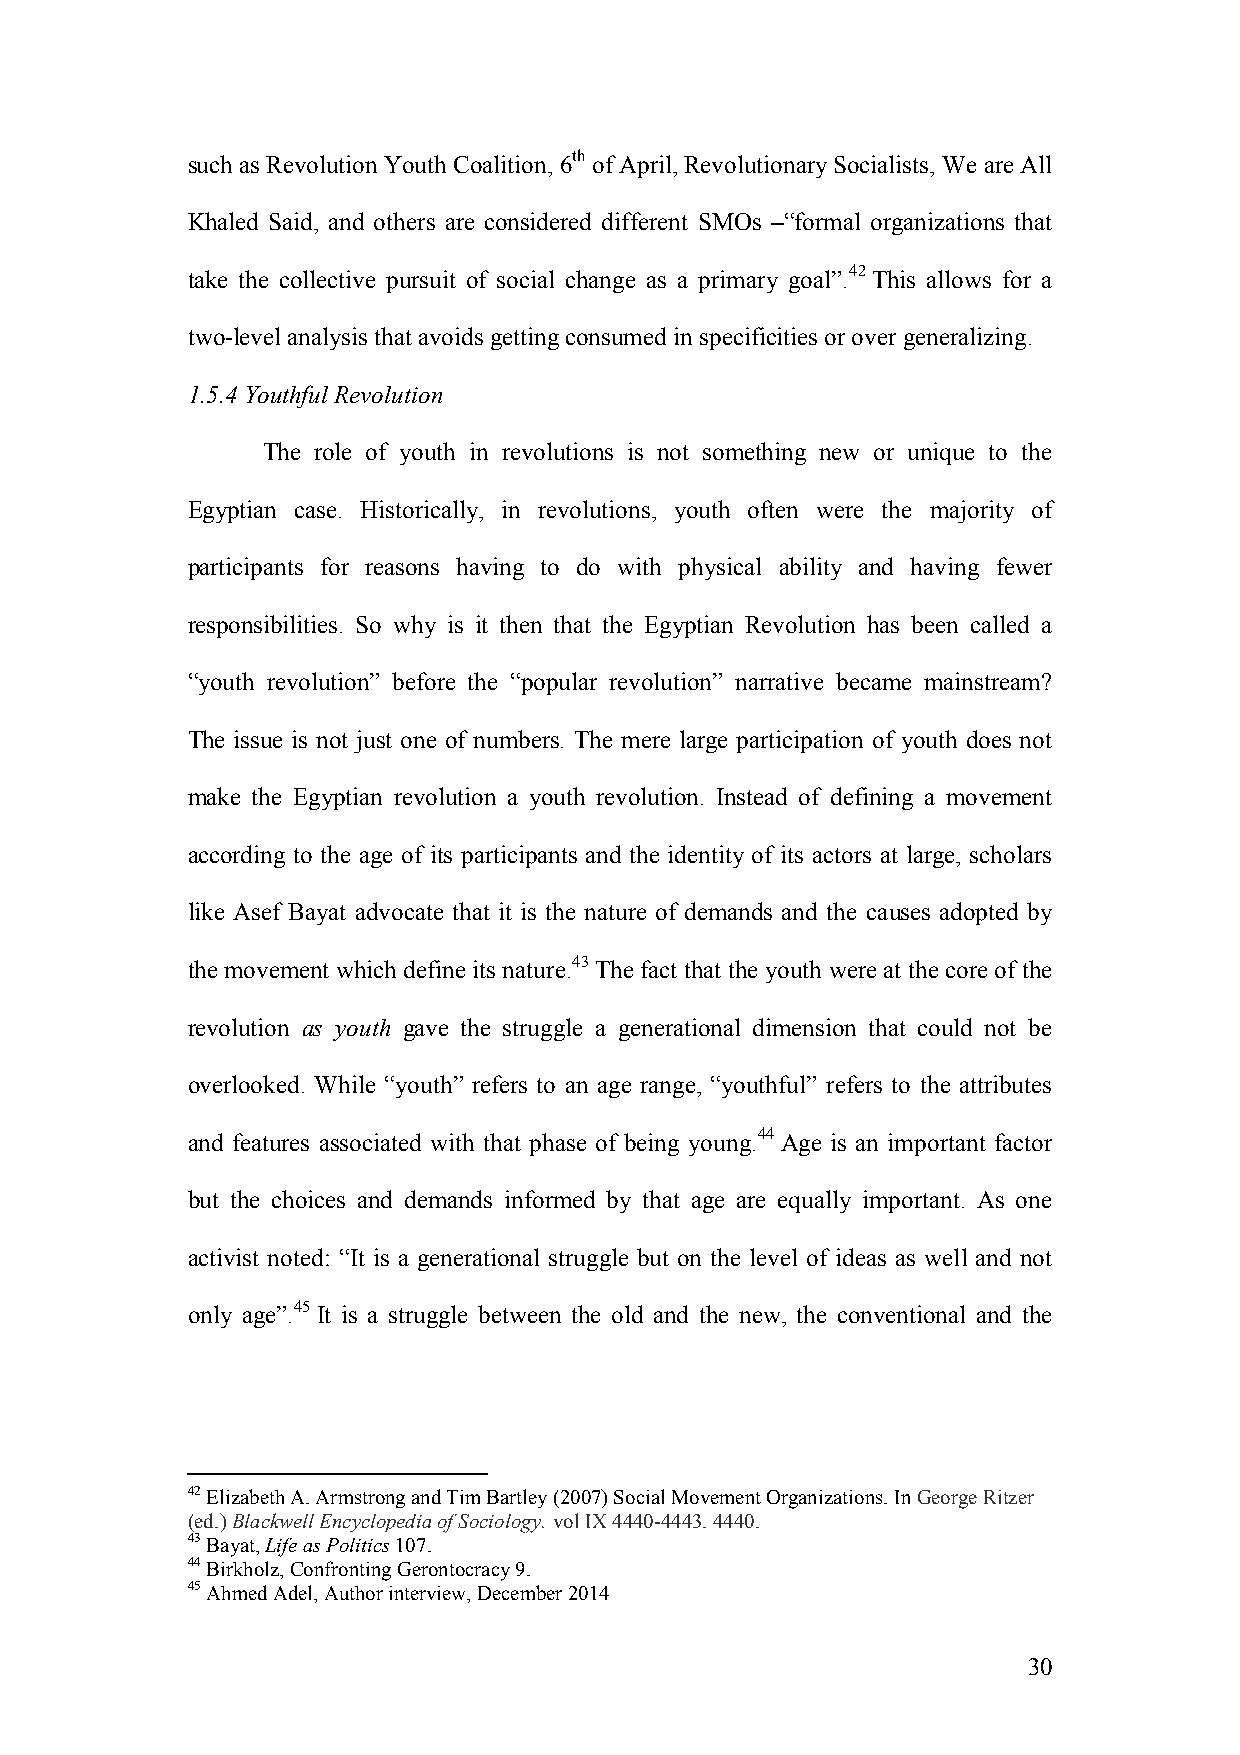
such as Revolution Youth Coalition, 6th of April, Revolutionary Socialists, We are All
 Khaled Said, and others are considered different SMOs –“formal organizations that
 take the collective pursuit of social change as a primary goal”.42 This allows for a
 two-level analysis that avoids getting consumed in specificities or over generalizing.
 1.5.4 Youthful Revolution
 The role of youth in revolutions is not something new or unique to the
 Egyptian case. Historically, in revolutions, youth often were the majority of
 participants for reasons having to do with physical ability and having fewer
 responsibilities. So why is it then that the Egyptian Revolution has been called a
 “youth revolution” before the “popular revolution” narrative became mainstream?
 The issue is not just one of numbers. The mere large participation of youth does not
 make the Egyptian revolution a youth revolution. Instead of defining a movement
 according to the age of its participants and the identity of its actors at large, scholars
 like Asef Bayat advocate that it is the nature of demands and the causes adopted by
 the movement which define its nature.43 The fact that the youth were at the core of the
 revolution as youth gave the struggle a generational dimension that could not be
 overlooked. While “youth” refers to an age range, “youthful” refers to the attributes
 and features associated with that phase of being young.44 Age is an important factor
 but the choices and demands informed by that age are equally important. As one
 activist noted: “It is a generational struggle but on the level of ideas as well and not
 only age”.45 It is a struggle between the old and the new, the conventional and the
 42 Elizabeth A. Armstrong and Tim Bartley (2007) Social Movement Organizations. In George Ritzer
 (ed.) Blackwell Encyclopedia of Sociology. vol IX 4440-4443. 4440.
 43 Bayat, Life as Politics 107.
 44 Birkholz, Confronting Gerontocracy 9.
 45 Ahmed Adel, Author interview, December 2014
 30